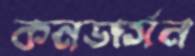
কনভার্সন